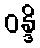
ဝန္ဒိ